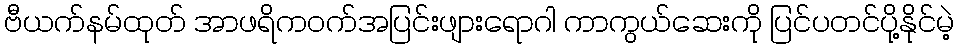
ဗီယက်နမ်ထုတ် အာဖရိကဝက်အပြင်းဖျားရောဂါ ကာကွယ်ဆေးကို ပြင်ပတင်ပို့နိုင်မဲ့